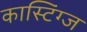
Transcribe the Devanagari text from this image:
कास्टिंग्ज